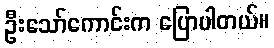
ဦးသော်ကောင်းက ပြောပါတယ်။